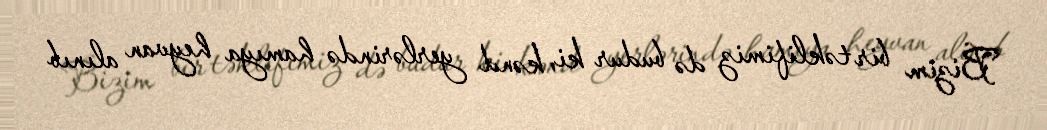
Bizim bir təklifimiz də budur ki, kənd yerlərində hamıya heyvan alınıb